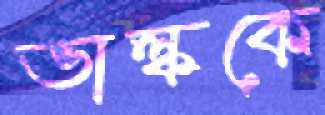
ভাল্ককে